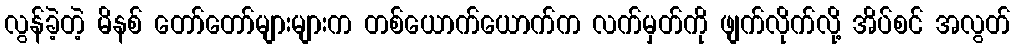
လွန်ခဲ့တဲ့ မိနစ် တော်တော်များများက တစ်ယောက်ယောက်က လက်မှတ်ကို ဖျက်လိုက်လို့ အိပ်စင် အလွတ်